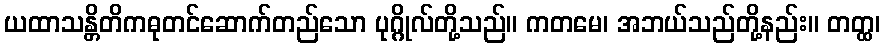
ယထာသန္တိတိကဓုတင်ဆောက်တည်သော ပုဂ္ဂိုလ်တို့သည်။ ကတမေ၊ အဘယ်သည်တို့နည်း။ တတ္ထ၊